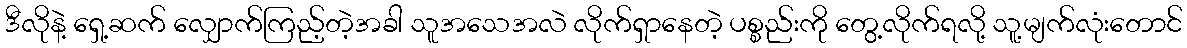
ဒီလိုနဲ့ ရှေ့ဆက် လျှောက်ကြည့်တဲ့အခါ သူအသေအလဲ လိုက်ရှာနေတဲ့ ပစ္စည်းကို တွေ့လိုက်ရလို့ သူ့မျက်လုံးတောင်